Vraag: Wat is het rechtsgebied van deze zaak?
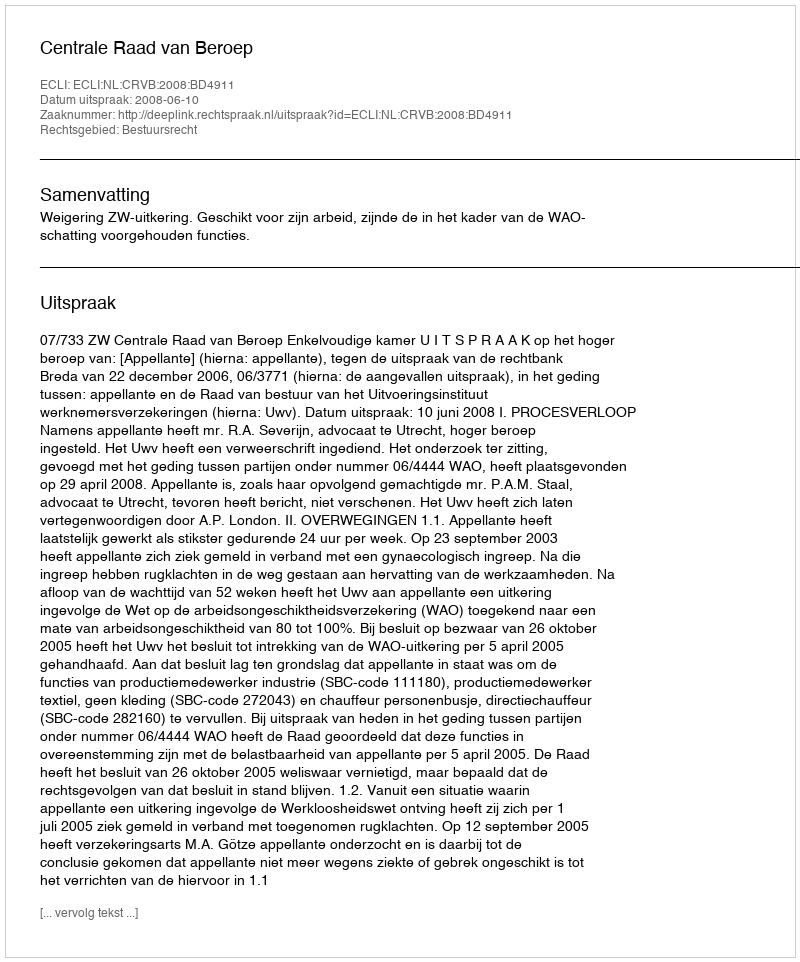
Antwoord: Bestuursrecht